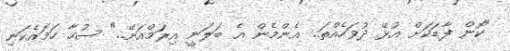
"ކޮން ފާޑަކަށް އުޅޭ ދުވަހެއްތަ.. އެންމެން އެ ބަލަނީ އިރަމްއަށޭ.." ސުހާ ހަމައެކަނި